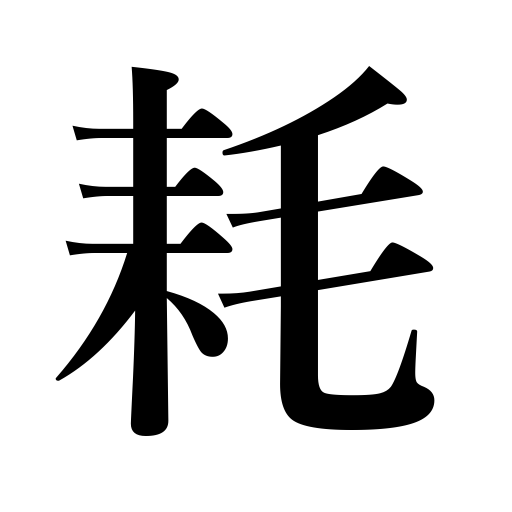
Meanings: decrease